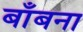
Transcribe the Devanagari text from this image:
बाँबना